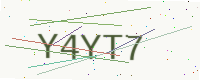
Text: Y4YT7